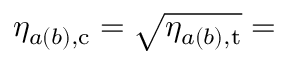
\eta _ { a ( b ) , \mathrm { c } } = \sqrt { \eta _ { a ( b ) , \mathrm { t } } } =